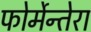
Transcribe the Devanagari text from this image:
फोर्मेन्तेरा